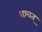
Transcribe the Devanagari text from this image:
शश्वत्